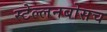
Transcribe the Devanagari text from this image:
स्‍टेल्‍लनबोसच